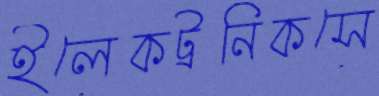
ইলেকট্রনিকসে